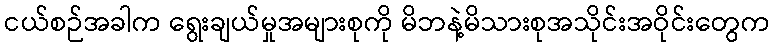
ငယ်စဉ်အခါက ရွေးချယ်မှုအများစုကို မိဘနဲ့မိသားစုအသိုင်းအဝိုင်းတွေက